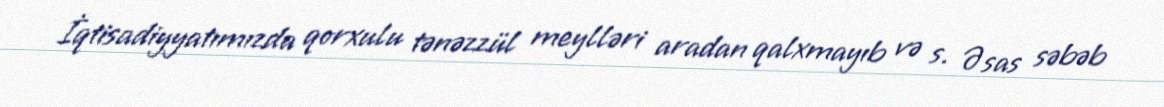
İqtisadiyyatımızda qorxulu tənəzzül meylləri aradan qalxmayıb və s. Əsas səbəb